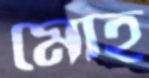
মোহ